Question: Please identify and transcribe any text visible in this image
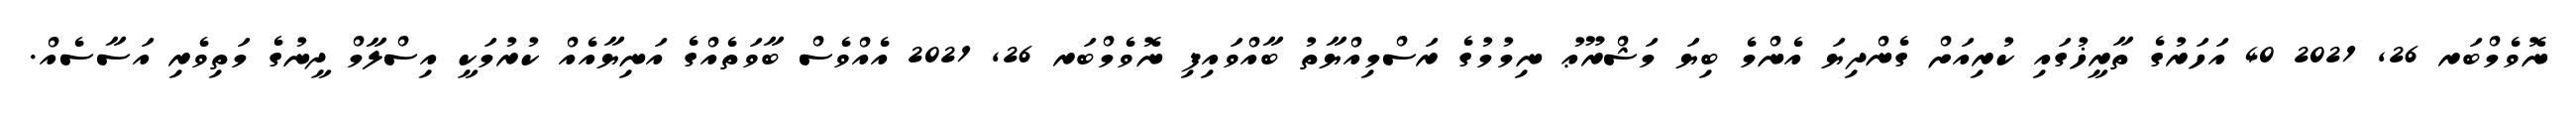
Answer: ނޮވެމްބަރ 26, 2021 40 އަހަރުގެ ތާރީޚުގައި ކުރިއަށް ގެންދިޔަ އެންމެ ބިޔަ މަޝްރޫޢު ނިމުމުގެ ރަސްމިއްޔާތު ބާއްވައިފި ނޮވެމްބަރ 26, 2021 އެއްވެސް ބާވަތެއްގެ އަނިޔާއެއް ކުރުމަކީ އިސްލާމް ދީނުގެ މަތިވެރި އަސާސެއް.